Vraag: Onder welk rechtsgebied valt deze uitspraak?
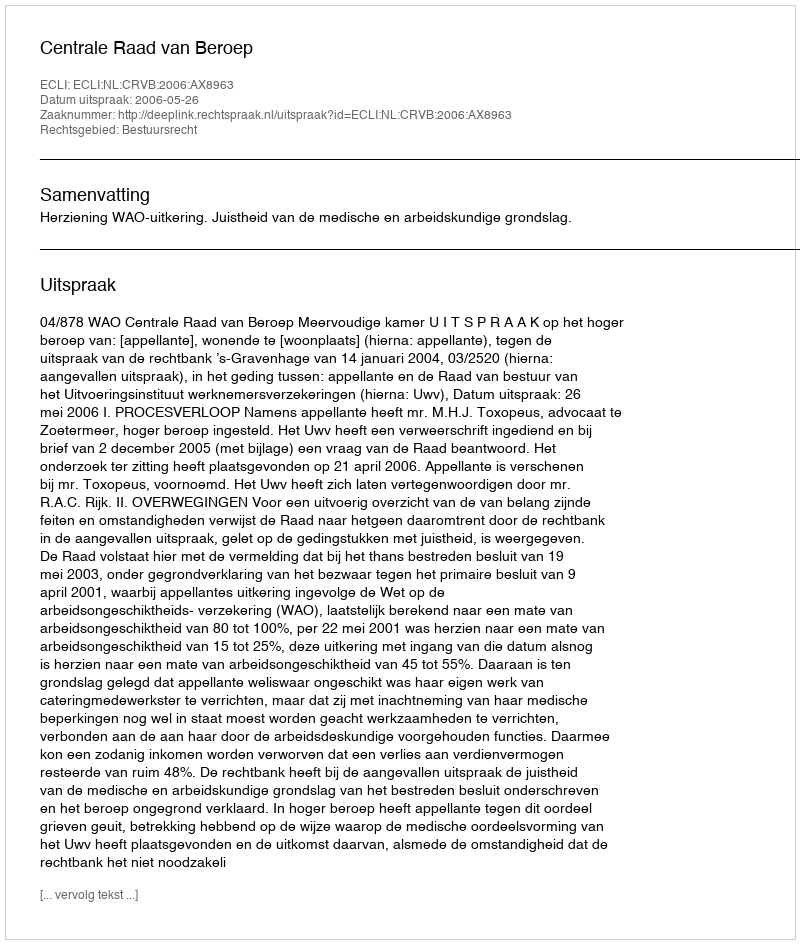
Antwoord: Bestuursrecht